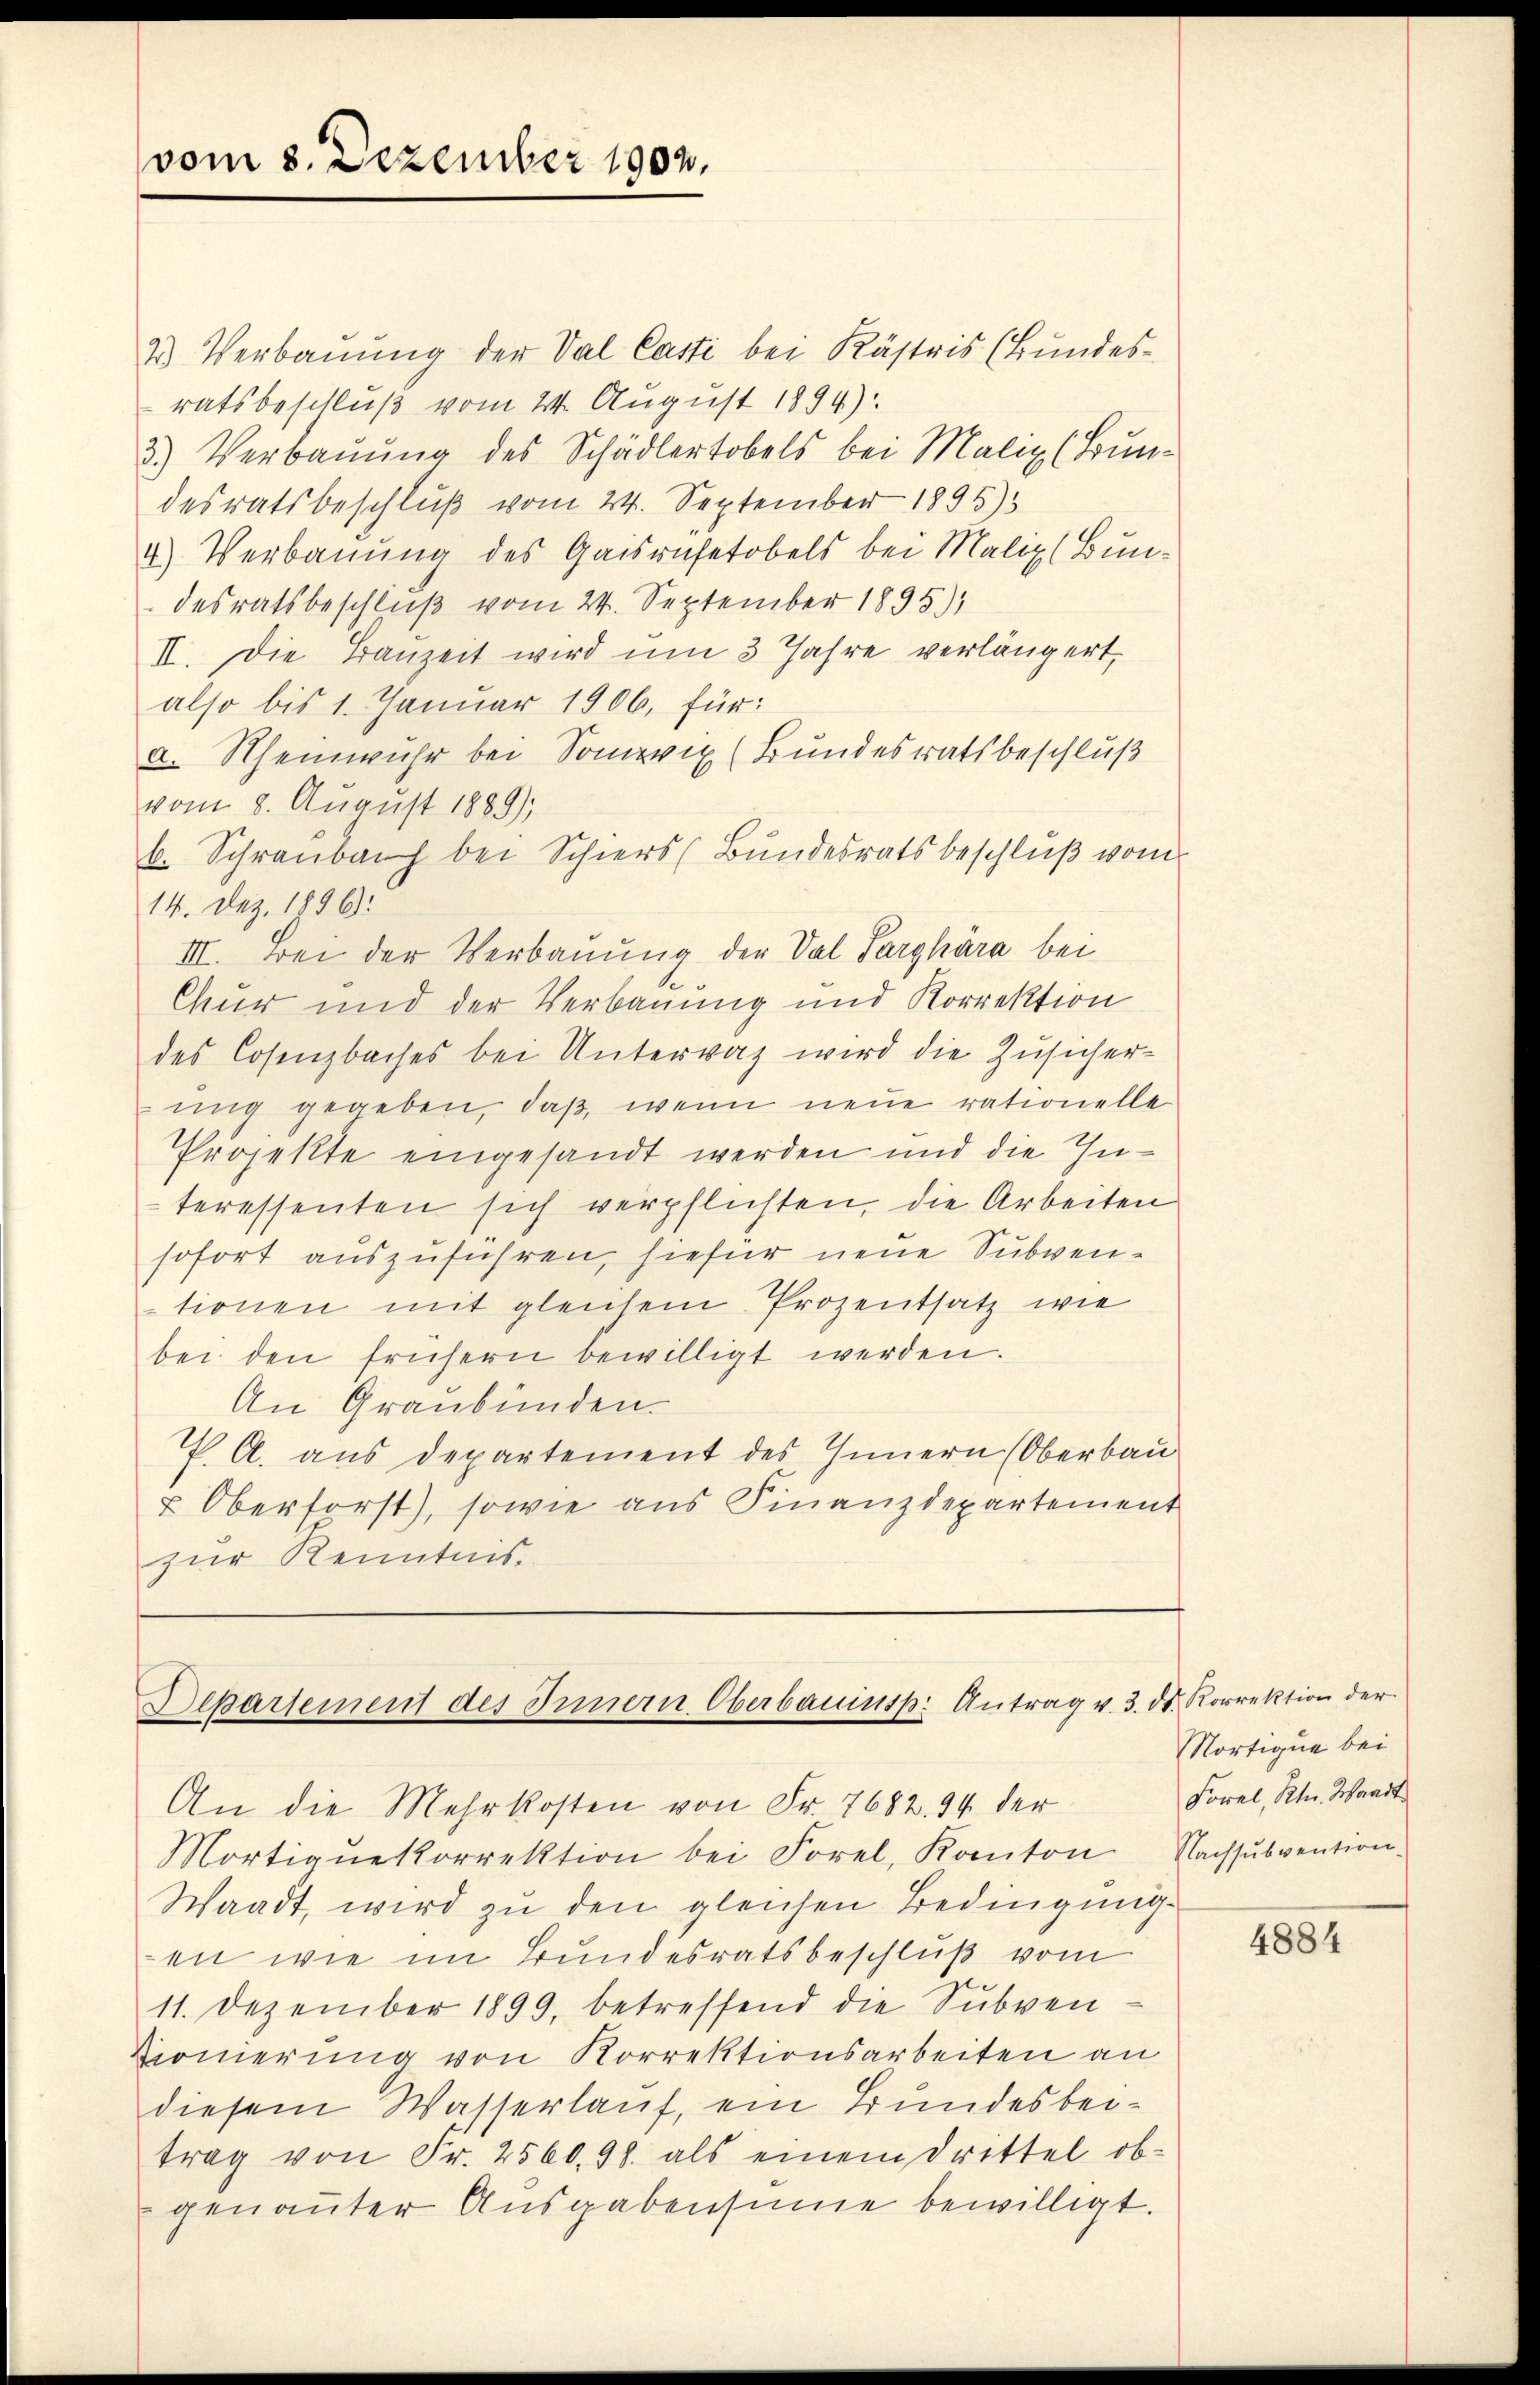
vom 8. Dezember 1902.

2) Verbauung der Val Casti bei Kästris (Bundesratsbeschluß vom 24. August 1894):
3.) Verbauung des Schädlertobels bei Malix (Brundesratsbeschluß vom 24. September 1895)
4) Verbauung des Gaisrufetobels bei Maliz (Bundesratsbeschluß vom 24. September 1895.)
II. Die Bauzeit wird um 3 Jahre verlängert,
also bis 1. Januar 1906, für:
a. Rheinwuhr bei Sonwix (Bundesratsbeschluß
vom 8. August 1889),
b. Schraubach bei Schiers (Bundesratsbeschlŭβ vom
14. Dez. 1896.
III. Bei der Verbauung der Val Sarghára bei
Chur und der Verbauung und Korrektion
des Cosenzbaches bei Unterrat wird die Zusicherung gegeben, daß, wenn neue rationelle
Projekte eingesandt werden und die Interessenten sich verpflichten, die Arbeiten
sofort auszuführen, hiefür neue Subventionen mit gleichem Prozentsatz wie
bei den frühern bewilligt werden.
An Graubünden.
P. A. aus Departement des Innern (Oberbau
u Oberforst), sowie aus Finanzdepartement
zur Kenntnis.

Mortiqŭekorrektion bei Forel, Kanton Nachsŭbvention
Waadt, wird zu den gleichen Bedingung
en wie im Bundesratsbeschluß vom
11. Dezember 1899, betreffend die Subven¬
Vionierung von Korrektionsarbeiten an
diesem Wasserlauf, ein Bundesbeitrag von Fr. 2560. 498. als einem Drittel ob-
genanter Ausgabensinne bewilligt.

Departement des Innern Oberbauinsp. Antrag v. 3. ds. Korrektion der
An die Mehrkosten von Fr. 7682. 94 der

Nortique bei
Forel, Ktn. Waadt

4884